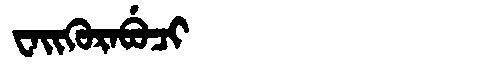
Manchu: ᠸᠠᡳᡴᡠᡵᠠᠪᡠᠴᡳ
Romanization: WAIKURABUCI